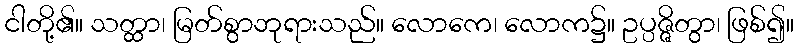
ငါတို့၏။ သတ္ထာ၊ မြတ်စွာဘုရားသည်။ လောကေ၊ လောက၌။ ဥပ္ပဇ္ဇိတွာ၊ ဖြစ်၍။